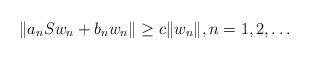
LaTeX: \begin{align*}\Vert a_n S w_n + b_n w_n \Vert \ge c \Vert w_n \Vert, n = 1,2, \ldots \end{align*}